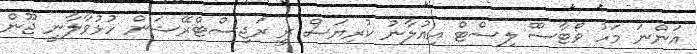
އަންނަ މަހު ވޯޓާސްް ލިސްޓް އިއުލާނު ކުރިޔަސް ރީ ރަޖިސްޓްރޭޝަން ހުޅުވާލާނީ ޖޫން